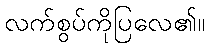
လက်စွပ်ကိုပြလေ၏။